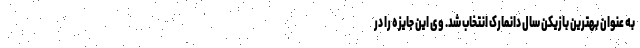
به عنوان بهترین بازیکن سال دانمارک انتخاب شد. وی این جایزه را در